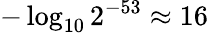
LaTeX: -\log_{10}2^{-53}\approx 16